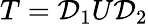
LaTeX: T=\mathcal{D}_{1}U\mathcal{D}_{2}